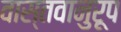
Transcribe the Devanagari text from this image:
वास्तवानुरूप